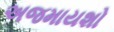
અજમાયશો